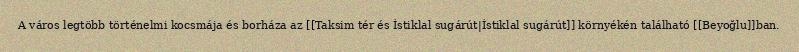
A város legtöbb történelmi kocsmája és borháza az [[Taksim tér és İstiklal sugárút|İstiklal sugárút]] környékén található [[Beyoğlu]]ban.